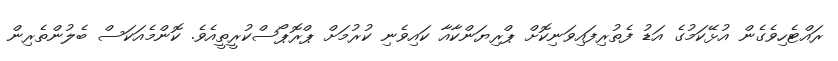
ރައްޓެހިވެގެން އުޅޭކަމުގެ އަޑު ފެތުރިފައިވަނިކޮށް ޕްރިޔަންކާއާ ކައިވެނި ކުރުމަށް ޕްރޮޕޯސްކުރީތީއެވެ. ކޮންމެއަކަސް ބެލުންތެރިން